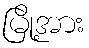
မြို့အား